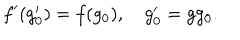
f ^ { \prime } ( g _ { 0 } ^ { \prime } ) = f ( g _ { 0 } ) , \quad g _ { 0 } ^ { \prime } = g g _ { 0 } .